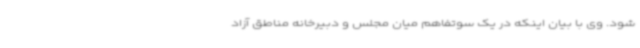
شود. وی با بیان اینکه در یک سوتفاهم میان مجلس و دبیرخانه مناطق آزاد